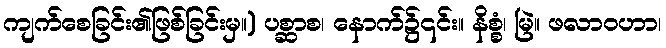
ကျက်စေခြင်း၏ဖြစ်ခြင်းမှ။) ပစ္ဆာစ၊ နောက်၌၎င်း။ နိစ္စံ၊ မြဲ။ ဖလာဝဟာ၊